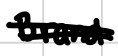
Text: Brand
Cross-out: double-line
Writing tool: digital_black